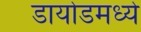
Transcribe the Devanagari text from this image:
डायोडमध्ये